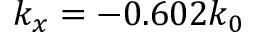
k _ { x } = - 0 . 6 0 2 k _ { 0 }